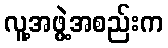
လူ့အဖွဲ့အစည်းက